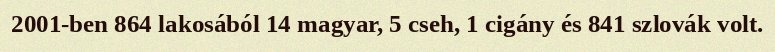
2001-ben 864 lakosából 14 magyar, 5 cseh, 1 cigány és 841 szlovák volt.